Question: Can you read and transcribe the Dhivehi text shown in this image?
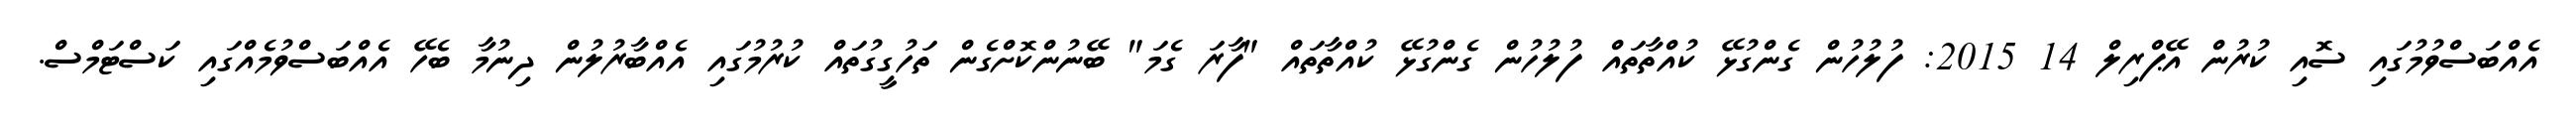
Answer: އެއްބަސްވުމުގައި ސޮއި ކުރުން އޭޕްރިލް 14 2015: ފުލުހުން ގެންގުޅޭ ކުއްތާތައް ފުލުހުން ގެންގުޅޭ ކުއްތާތައް "ފާރަ ގެމަ" ބޭނުންކޮށްގެން ތަހުގީގުތައް ކުރުމުގައި އެއްބާރުލުން ދިނުމާ ބެހޭ އެއްބަސްވުމެއްގައި ކަސްޓަމްސް.